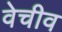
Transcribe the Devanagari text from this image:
वेचीव